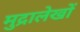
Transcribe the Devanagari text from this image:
मुद्रालेखों